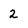
Character: 2